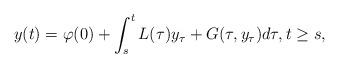
LaTeX: \begin{align*} y(t) = \varphi(0) + \int_s^t L(\tau)y_\tau + G(\tau,y_\tau) d\tau, t \geq s,\end{align*}